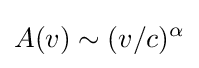
A(v)\sim (v/c)^{\alpha }